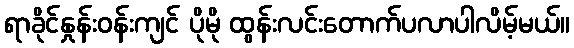
ရာခိုင်နှုန်းဝန်းကျင် ပိုမို ထွန်းလင်းတောက်ပလာပါလိမ့်မယ်။